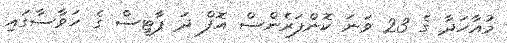
މުއާހަދާ ގެ 23 ވަނަ ކޮންފަރެންސް އޮފް ދަ ޕާޓީސް ގެ ހަވާސާގައި